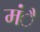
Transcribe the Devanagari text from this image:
मंै